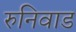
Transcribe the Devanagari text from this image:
रुनिवाड